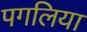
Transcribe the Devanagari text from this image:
पगलिया